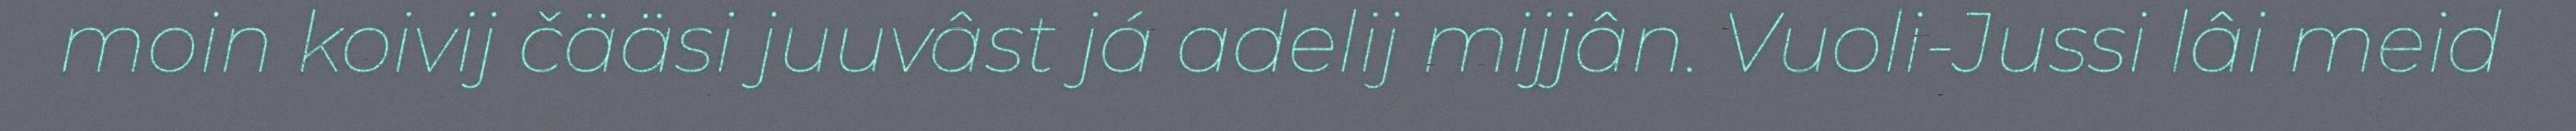
moin koivij čääsi juuvâst já adelij mijjân. Vuoli-Jussi lâi meid